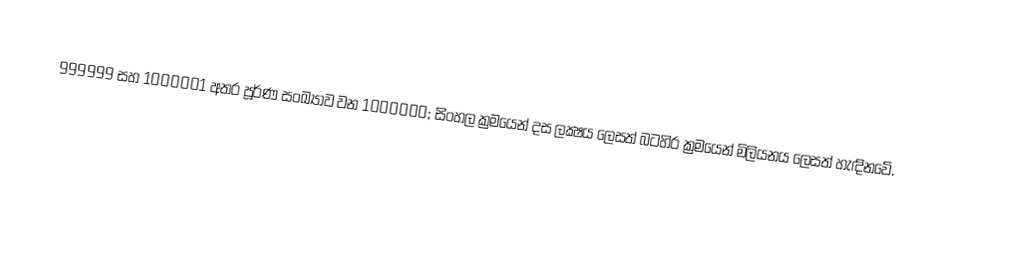
999999 සහ 1000001 අතර පූර්ණ සංඛ්‍යාව වන 1000000; සිංහල ක්‍රමයෙන් දස ලක්‍ෂය ලෙසත් බටහිර ක්‍රමයෙන් මිලියනය ලෙසත් හැඳිනවේ.